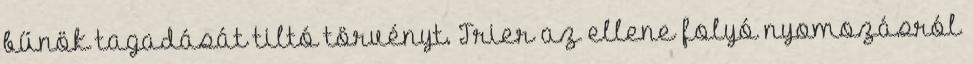
bűnök tagadását tiltó törvényt. Trier az ellene folyó nyomozásról